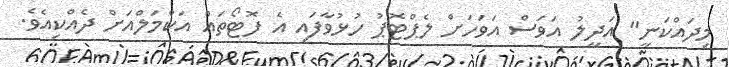
މިދައްކަނީ" އަދީލު އަވަސް އަވަހަށް ލެޕްޓޮޕު ހުޅުވާފައި އެ ފޮޓޯތައް އަކްމަލްއަށް ދެއްކިއެވެ.